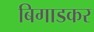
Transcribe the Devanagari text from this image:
बिगाडकर